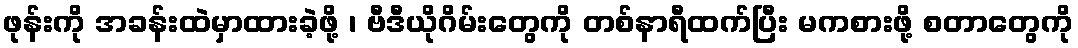
ဖုန်းကို အခန်းထဲမှာထားခဲ့ဖို့ ၊ ဗီဒီယိုဂိမ်းတွေကို တစ်နာရီထက်ပြီး မကစားဖို့ စတာတွေကို